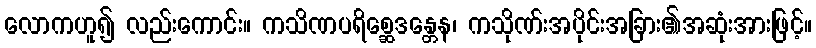
လောကဟူ၍ လည်းကောင်း။ ကသိဏပရိစ္ဆေဒန္တေန၊ ကသိုဏ်းအပိုင်းအခြား၏အဆုံးအားဖြင့်။